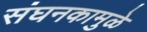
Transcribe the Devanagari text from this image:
संघनकामुळे